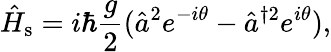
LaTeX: \hat{H}_{\mathrm{s}}=i\hbar\frac{g}{2}(\hat{a}^{2}e^{-i\theta}-\hat{a}^{\dagger 2}e^{i\theta}),